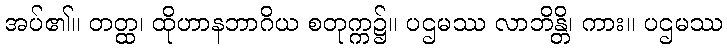
အပ်၏။ တတ္ထ၊ ထိုဟာနဘာဂိယ စတုက္က၌။ ပဌမဿ လာဘိန္တိ၊ ကား။ ပဌမဿ